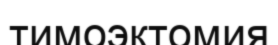
тимоэктомия